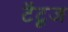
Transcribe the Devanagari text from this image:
टैटूज